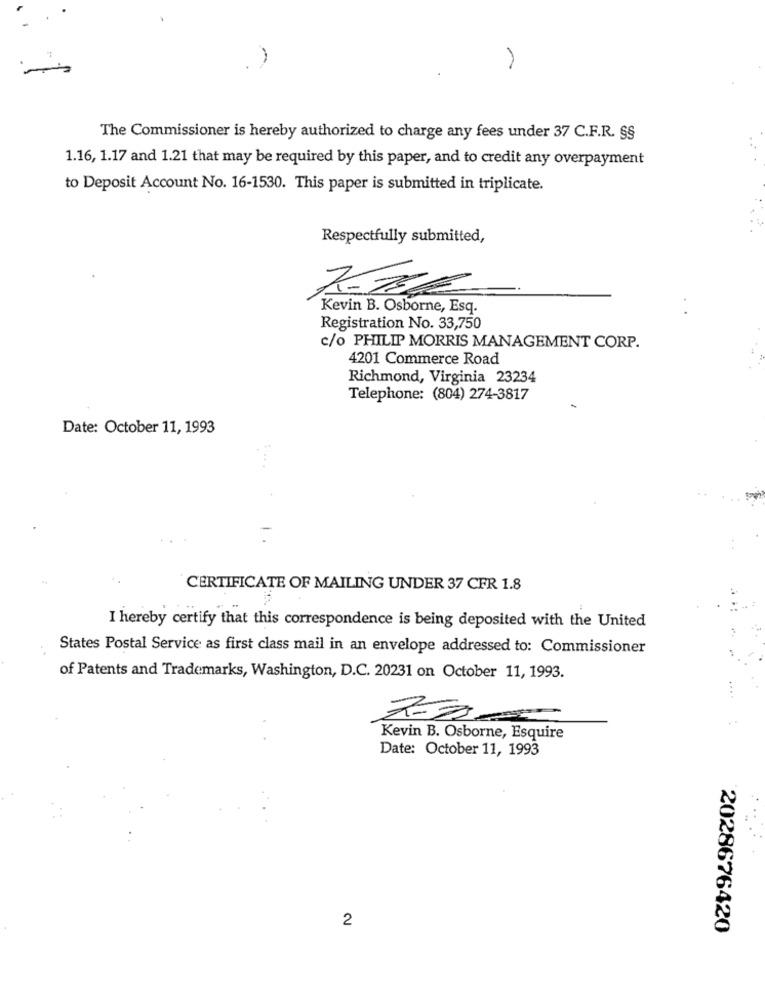
The Commissioner is hereby authorized to charge any fees under 37 C.F.R. SS
1.16, 1.17 and 1.21 that may be required by this paper, and to credit any overpayment
to Deposit Account No. 16-1530. This paper is submitted in triplicate.
Respectfully submitted,
Kevin B. Osborne, Esq.
Registration No. 33,750
c/o PHILIP MORRIS MANAGEMENT CORP.
4201 Commerce Road
Richmond, Virginia 23234
Telephone: (804) 274-3817
Date: October 11, 1993
....
CERTIFICATE OF MAILING UNDER 37 CFR 1.8
I hereby certify that this correspondence is being deposited with the United
States Postal Service as first class mail in an envelope addressed to: Commissioner
of Patents and Trademarks, Washington, D.C. 20231 on October 11, 1993.
Kevin B. Osborne, Esquire
Date: October 11, 1993
2
2028676420